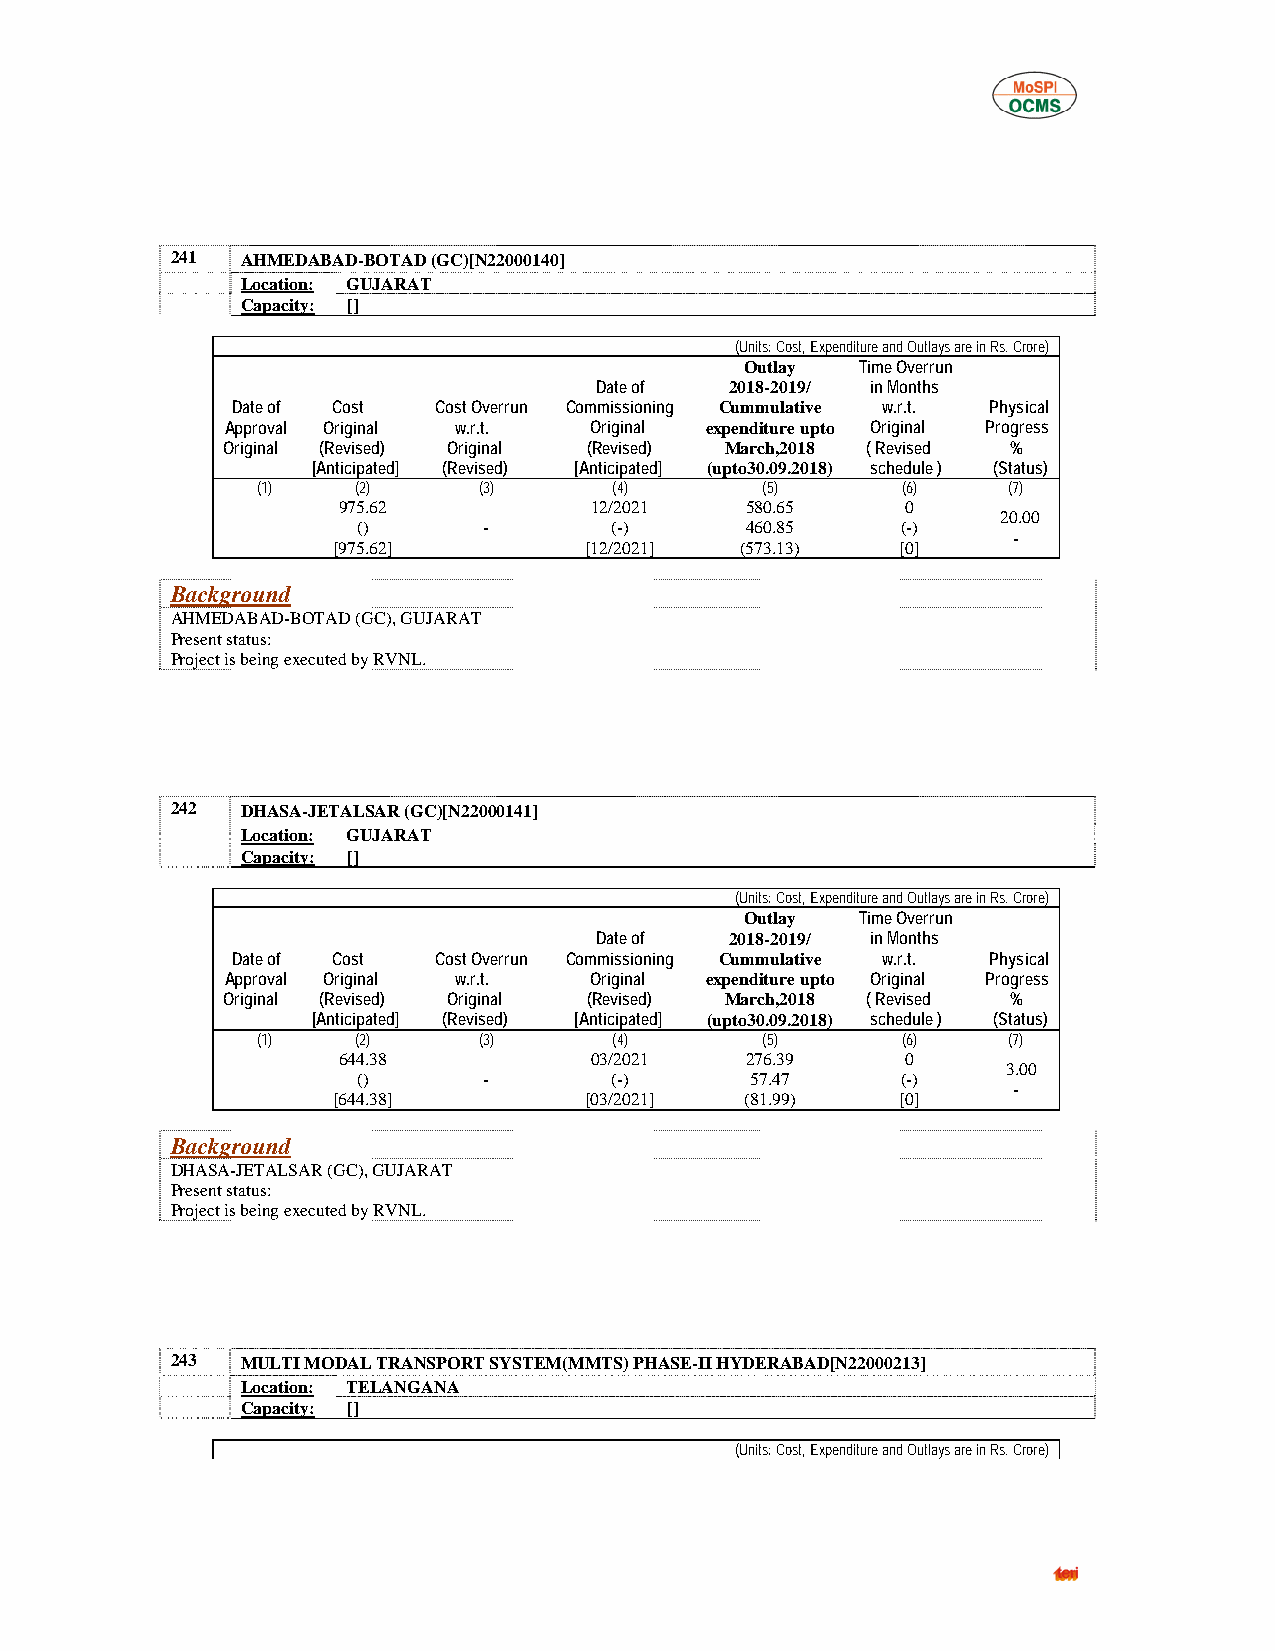
241  AHMEDABAD-BOTAD (GC)[N22000140]
 Location: GUJARAT
 Capacity: []
 (Units: Cost, Expenditure and Outlays are in Rs. Crore)
 Outlay  Time Overrun
 Date of  2018-2019/ in Months
 Date of Cost  Cost Overrun Commissioning Cummulative w.r.t. Physical
 Approval Original w.r.t. Original expenditure upto Original Progress
 Original (Revised) Original (Revised) March,2018 ( Revised %
 [Anticipated] (Revised) [Anticipated] (upto30.09.2018) schedule ) (Status)
 (1)    (2)     (3)      (4)      (5)       (6)    (7)
 975.62           12/2021   580.65     0
 20.00
 ()      -       (-)      460.85     (-)
 -
 [975.62]         [12/2021] (573.13)   [0]
 Background
 AHMEDABAD-BOTAD (GC), GUJARAT
 Present status:
 Project is being executed by RVNL.
 242  DHASA-JETALSAR (GC)[N22000141]
 Location: GUJARAT
 Capacity: []
 (Units: Cost, Expenditure and Outlays are in Rs. Crore)
 Outlay  Time Overrun
 Date of  2018-2019/ in Months
 Date of Cost  Cost Overrun Commissioning Cummulative w.r.t. Physical
 Approval Original w.r.t. Original expenditure upto Original Progress
 Original (Revised) Original (Revised) March,2018 ( Revised %
 [Anticipated] (Revised) [Anticipated] (upto30.09.2018) schedule ) (Status)
 (1)    (2)     (3)      (4)      (5)       (6)    (7)
 644.38           03/2021   276.39     0
 3.00
 ()      -       (-)       57.47     (-)
 -
 [644.38]         [03/2021] (81.99)    [0]
 Background
 DHASA-JETALSAR (GC), GUJARAT
 Present status:
 Project is being executed by RVNL.
 243  MULTI MODAL TRANSPORT SYSTEM(MMTS) PHASE-II HYDERABAD[N22000213]
 Location: TELANGANA
 Capacity: []
 (Units: Cost, Expenditure and Outlays are in Rs. Crore)